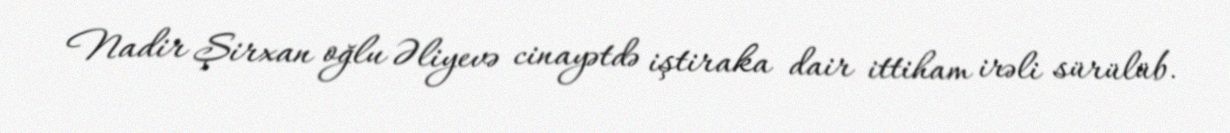
Nadir Şirxan oğlu Əliyevə cinayətdə iştiraka dair ittiham irəli sürülüb.